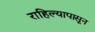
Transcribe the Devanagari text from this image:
राहिल्यापासून